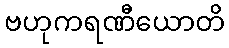
ဗဟုကရဏီယောတိ